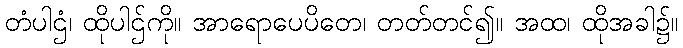
တံပါဌံ၊ ထိုပါဌ်ကို။ အာရောပေပိတေ၊ တတ်တင်၍။ အထ၊ ထိုအခါ၌။